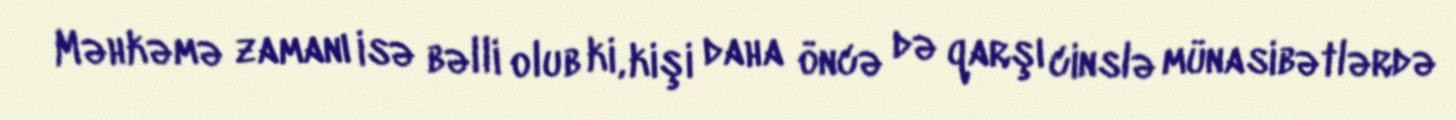
Məhkəmə zamanı isə bəlli olub ki, kişi daha öncə də qarşı cinslə münasibətlərdə